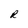
Character: R